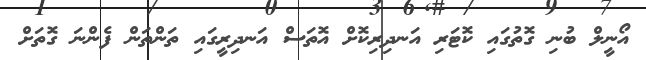
އޯނީލް ބުނި ގޮތުގައި ކޮޓަރި އަނދިރިކޮށް އޮތަސް އަނދިރީގައި ތަންތަން ފެންނަ ގޮތަށް